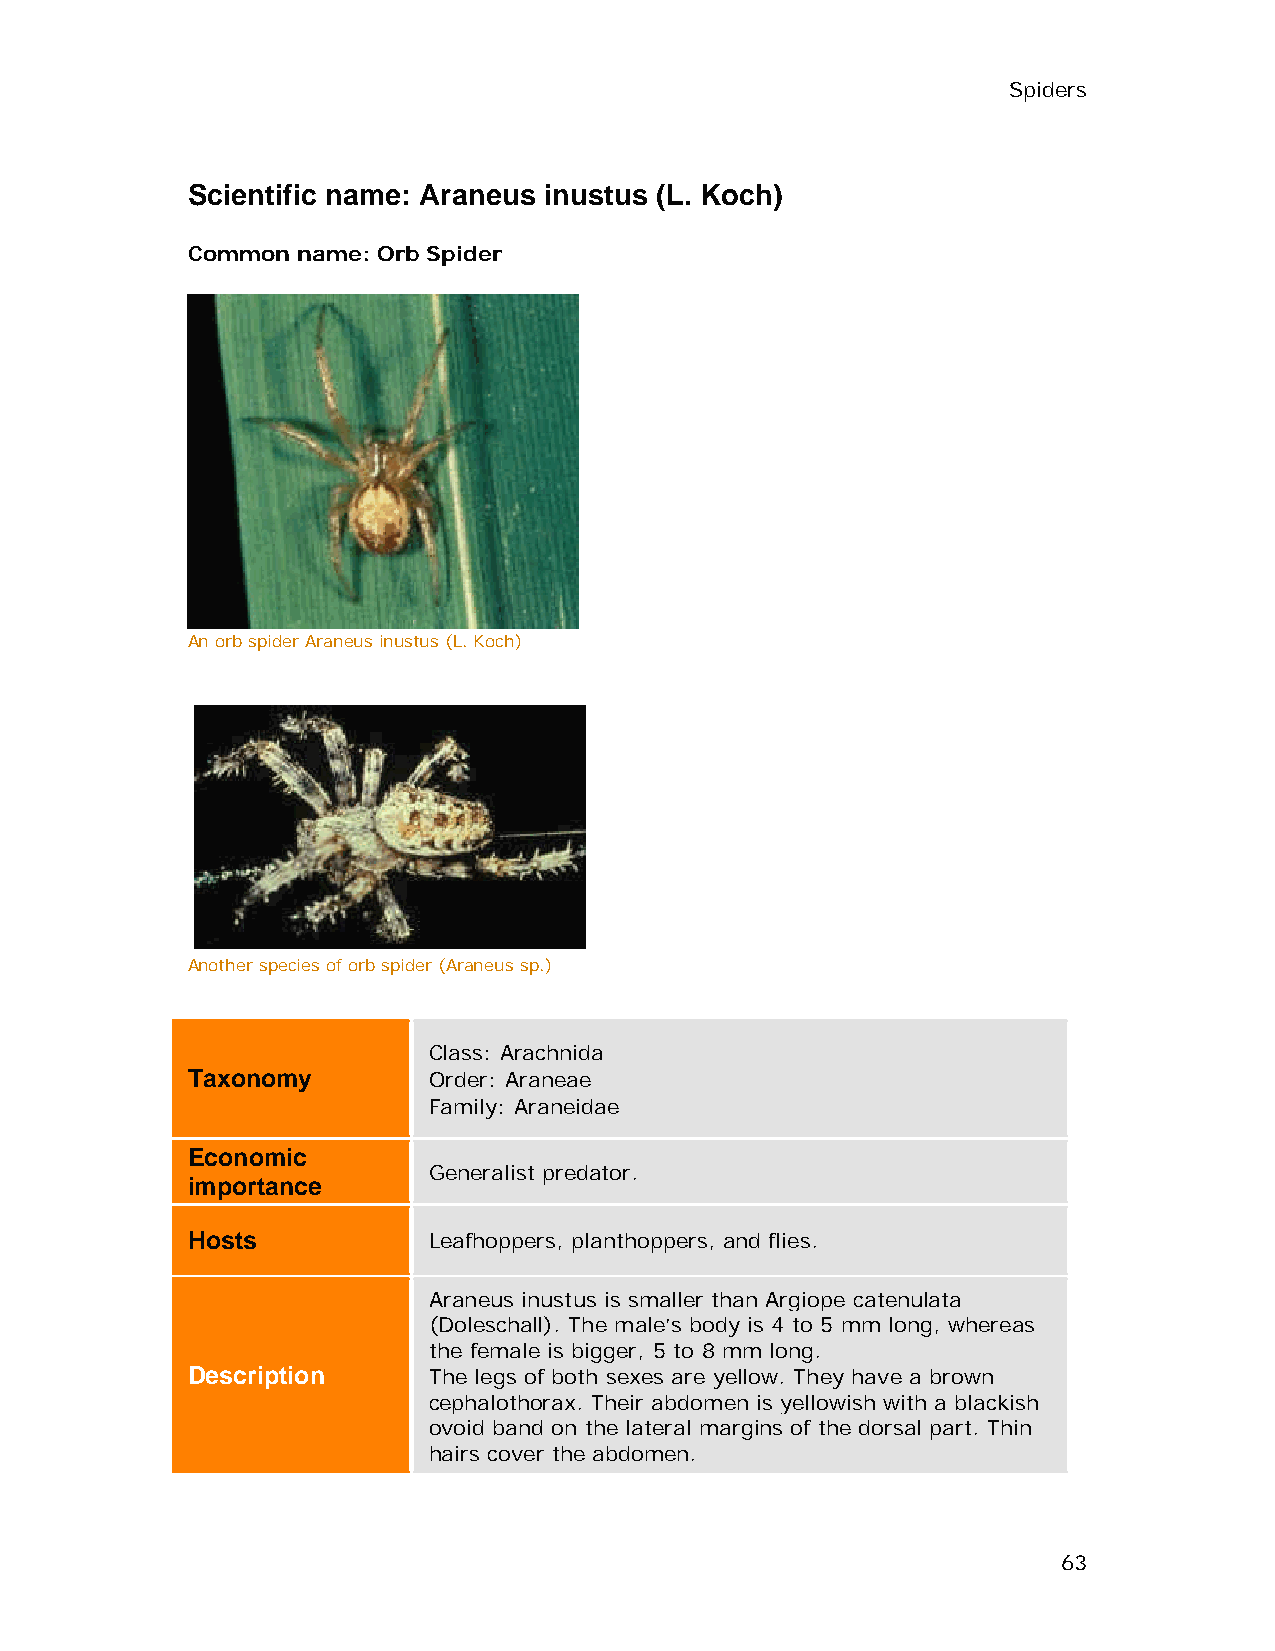
Spiders
 Scientific name: Araneus inustus (L. Koch)
 Common  name: Orb Spider
 An orb spider Araneus inustus (L. Koch)
 Another species of orb spider (Araneus sp.)
 Class: Arachnida
 Taxonomy        Order: Araneae
 Family: Araneidae
 Economic
 Generalist predator.
 importance
 Hosts           Leafhoppers, planthoppers, and flies.
 Araneus inustus is smaller than Argiope catenulata
 (Doleschall). The male’s body is 4 to 5 mm long, whereas
 the female is bigger, 5 to 8 mm long.
 Description     The legs of both sexes are yellow. They have a brown
 cephalothorax. Their abdomen is yellowish with a blackish
 ovoid band on the lateral margins of the dorsal part. Thin
 hairs cover the abdomen.
 63